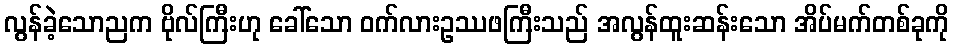
လွန်ခဲ့သောညက ဗိုလ်ကြီးဟု ခေါ်သော ဝက်လားဥဿဖကြီးသည် အလွန်ထူးဆန်းသော အိပ်မက်တစ်ခုကို